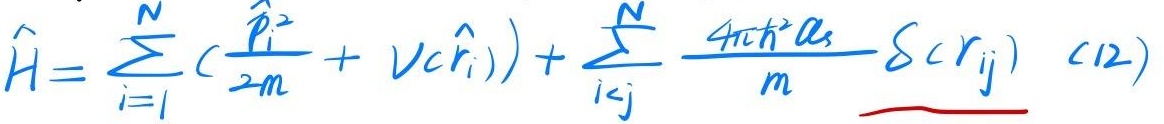
\[\hat{H}=\sum_{i = 1}^{N}\left(\frac{\hat{\mathbf{p}}_{i}^{2}}{2m}+V(\hat{\mathbf{r}}_{i})\right)+\underbrace{\sum_{i<j}^{N}\frac{4\pi\hbar^{2}a_{s}}{m}\delta(\mathbf{r}_{ij})}_{(12)}\]